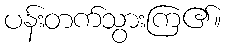
ပန်းတက်သွားကြ၏။